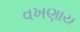
વખણાય